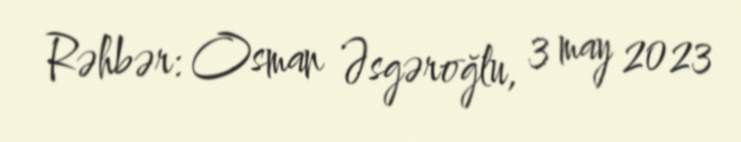
Rəhbər: Osman Əsgəroğlu, 3 may 2023